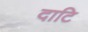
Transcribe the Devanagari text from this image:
दाटि